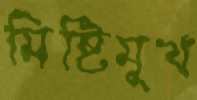
মিষ্টিমুখ